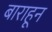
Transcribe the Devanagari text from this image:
बाराहून